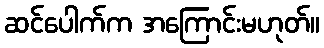
ဆင်ပေါက်က အကြောင်းမဟုတ်။